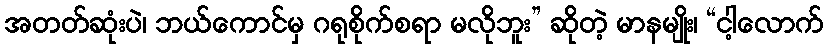
အတတ်ဆုံးပဲ၊ ဘယ်ကောင်မှ ဂရုစိုက်စရာ မလိုဘူး” ဆိုတဲ့ မာနမျိုး၊ “ငါ့လောက်